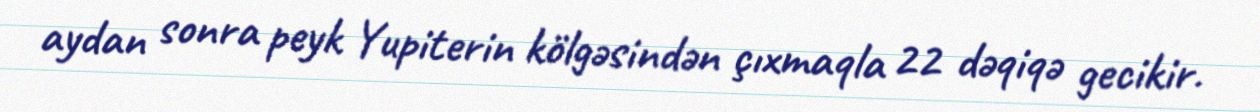
aydan sonra peyk Yupiterin kölgəsindən çıxmaqla 22 dəqiqə gecikir.